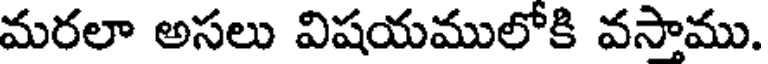
మరలా అసలు విషయములోకి వసాము.